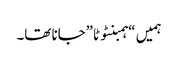
ہمیں “ہمبنٹوٹا”جانا تھا۔